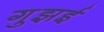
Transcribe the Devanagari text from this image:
गुझई